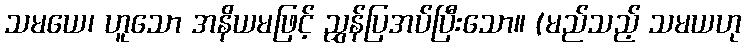
သမယေ၊ ဟူသော အနိယမဖြင့် ညွှန်ပြအပ်ပြီးသော။ (မည်သည့် သမယဟု